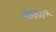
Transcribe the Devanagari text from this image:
बंडहारी